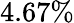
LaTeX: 4.67\%